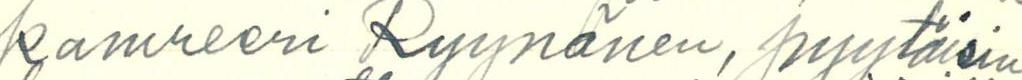
kamreeri Ryynänen, pyytäisin